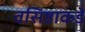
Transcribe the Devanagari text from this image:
वसिष्ठाकडे